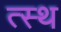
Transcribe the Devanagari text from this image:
त्स्थ